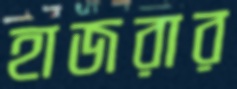
হাজরার